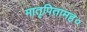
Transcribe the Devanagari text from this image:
मातृपितामह०